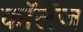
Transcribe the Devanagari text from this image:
कॉलॅज